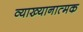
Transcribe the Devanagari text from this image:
व्याख्यानात्मक